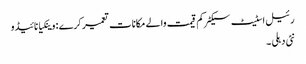
رئیل اسٹیٹ سیکٹر کم قیمت والے مکانات تعمیر کرے : وینکیا نائیڈو
نئی دہلی ۔